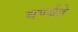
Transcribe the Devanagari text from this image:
वर्ण्यते